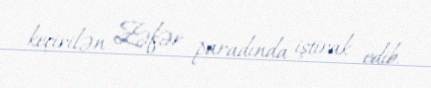
keçirilən Zəfər paradında iştirak edib.